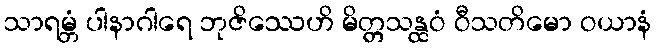
သာရမ္ဘံ ပါနာဂါရေ ဘုဇိဿေဟိ မိတ္တသန္ထဝံ ဝီသတိမော ဝယာနံ